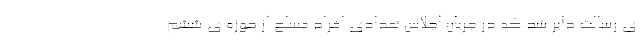
ی رسالت دایر شد که در جریان اجلاس تعدادی افراد مسلح از حوزه‌ ی ششم